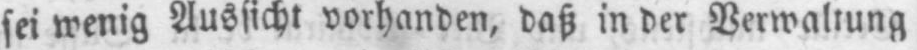
sei wenig Aussicht vorhanden, daß in der Verwaltung